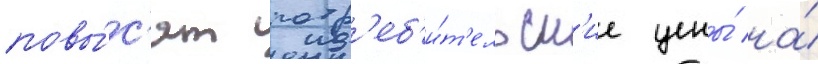
повы́с'ят потр'еб'и́т'ельск'ие цены́ на́